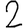
Digit: 2